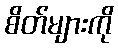
စိတ်များကို